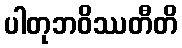
ပါတုဘဝိဿတီတိ